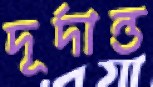
দূর্দান্ত